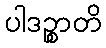
ပါဒဉ္စာတိ